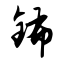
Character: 钸